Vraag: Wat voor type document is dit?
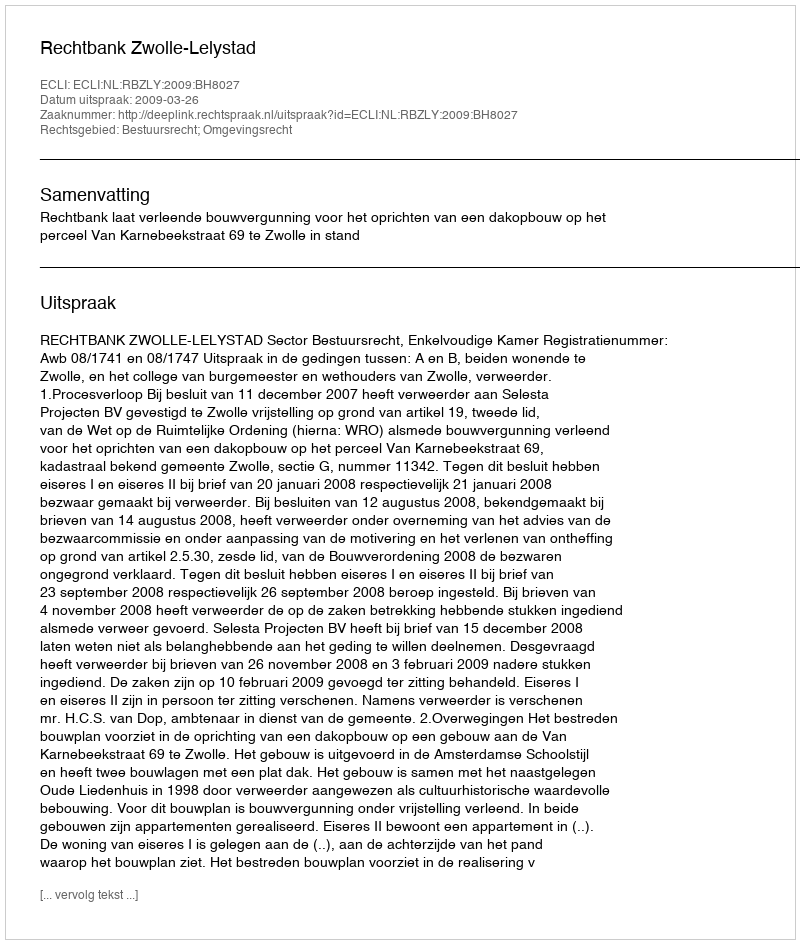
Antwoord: Uitspraak